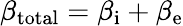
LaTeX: \beta_{\mathrm{total}}=\beta_{\mathrm{i}}+\beta_{\mathrm{e}}